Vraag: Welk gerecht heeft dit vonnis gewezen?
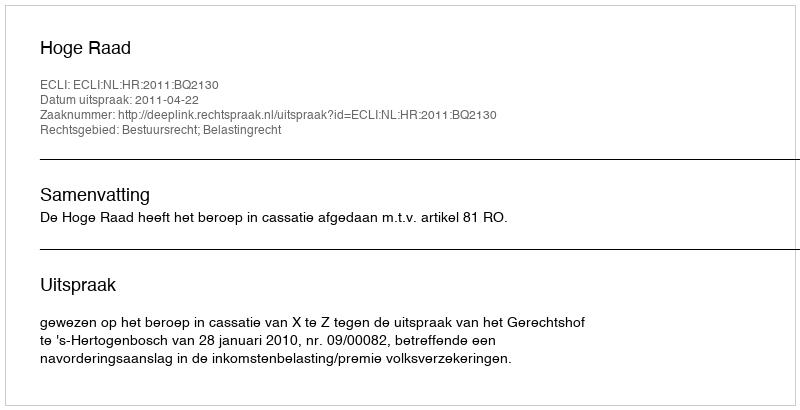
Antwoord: Hoge Raad